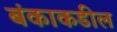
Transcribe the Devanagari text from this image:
बंकाकडील